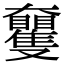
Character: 𡚠